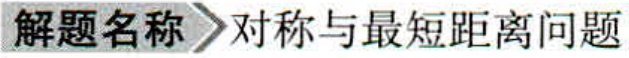
\textbf{解题名称}  \textgreater 对称与最短距离问题